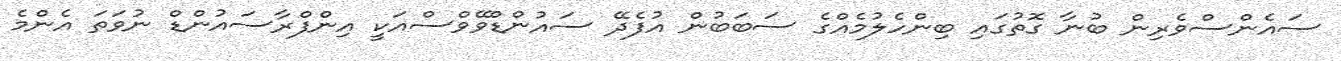
ސައެންސްވެރިން ބުނާ ގޮތުގައި ބިންހެލުމެއްގެ ސަބަބުން އުފެދޭ ސައުންޑްވޭވްސްއަކީ އިންފްރާސައުންޑް ނުވަތަ އެންމެ